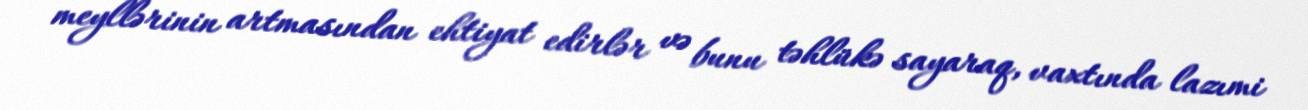
meyllərinin artmasından ehtiyat edirlər və bunu təhlükə sayaraq, vaxtında lazımi